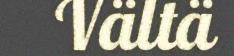
Vältä